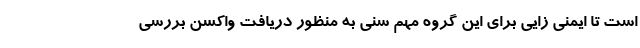
است تا ایمنی زایی برای این گروه مهم سنی به منظور دریافت واکسن بررسی